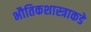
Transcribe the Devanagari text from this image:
भौतिकशास्त्राकडे